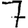
Digit: 7